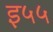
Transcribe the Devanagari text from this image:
इ५५